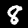
Label: 8